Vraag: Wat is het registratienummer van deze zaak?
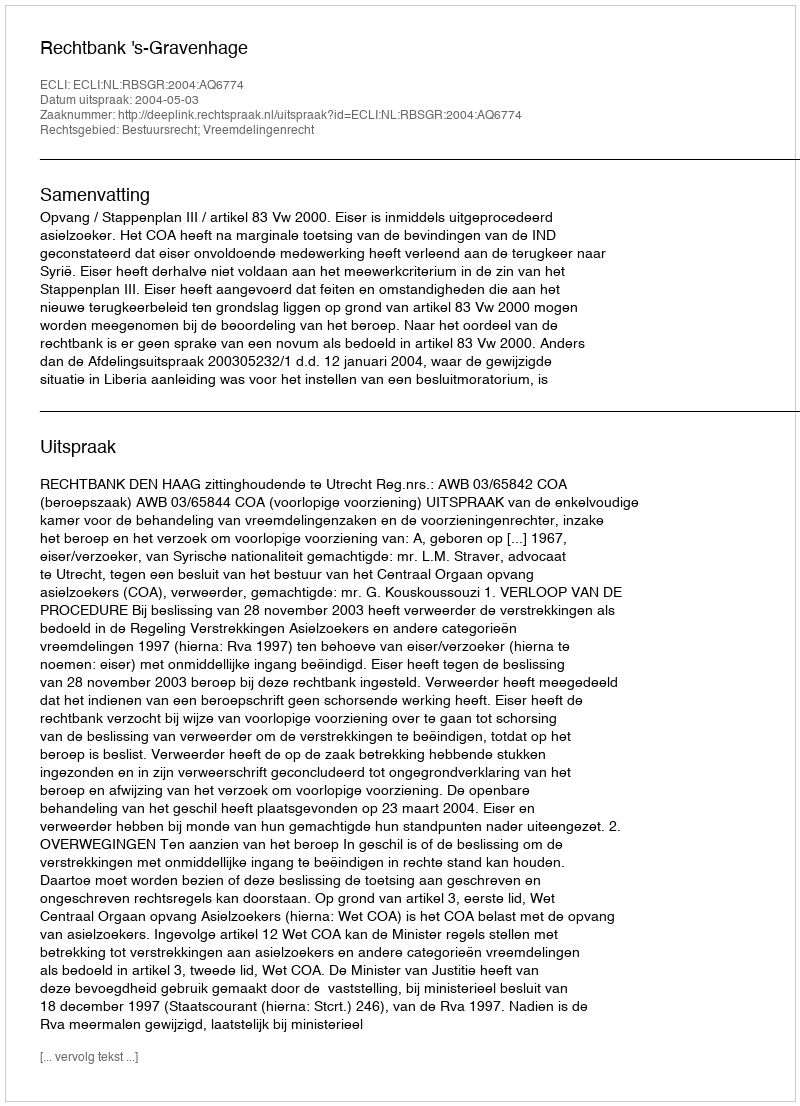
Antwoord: http://deeplink.rechtspraak.nl/uitspraak?id=ECLI:NL:RBSGR:2004:AQ6774